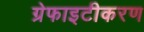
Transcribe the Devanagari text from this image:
ग्रेफाइटीकरण